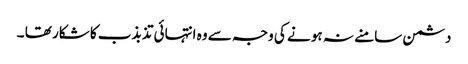
دشمن سامنے نہ ہو نے کی وجہ سے وہ انتہائی تذبذب کا شکار تھا ۔